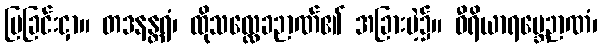
ပြခြင်းငှာ။ တဒနန္တရံ၊ ထိုသလ္လေခဉာဏ်၏ အခြားမဲ့၌။ ဝီရိယာရမ္ဘေဉာဏံ၊